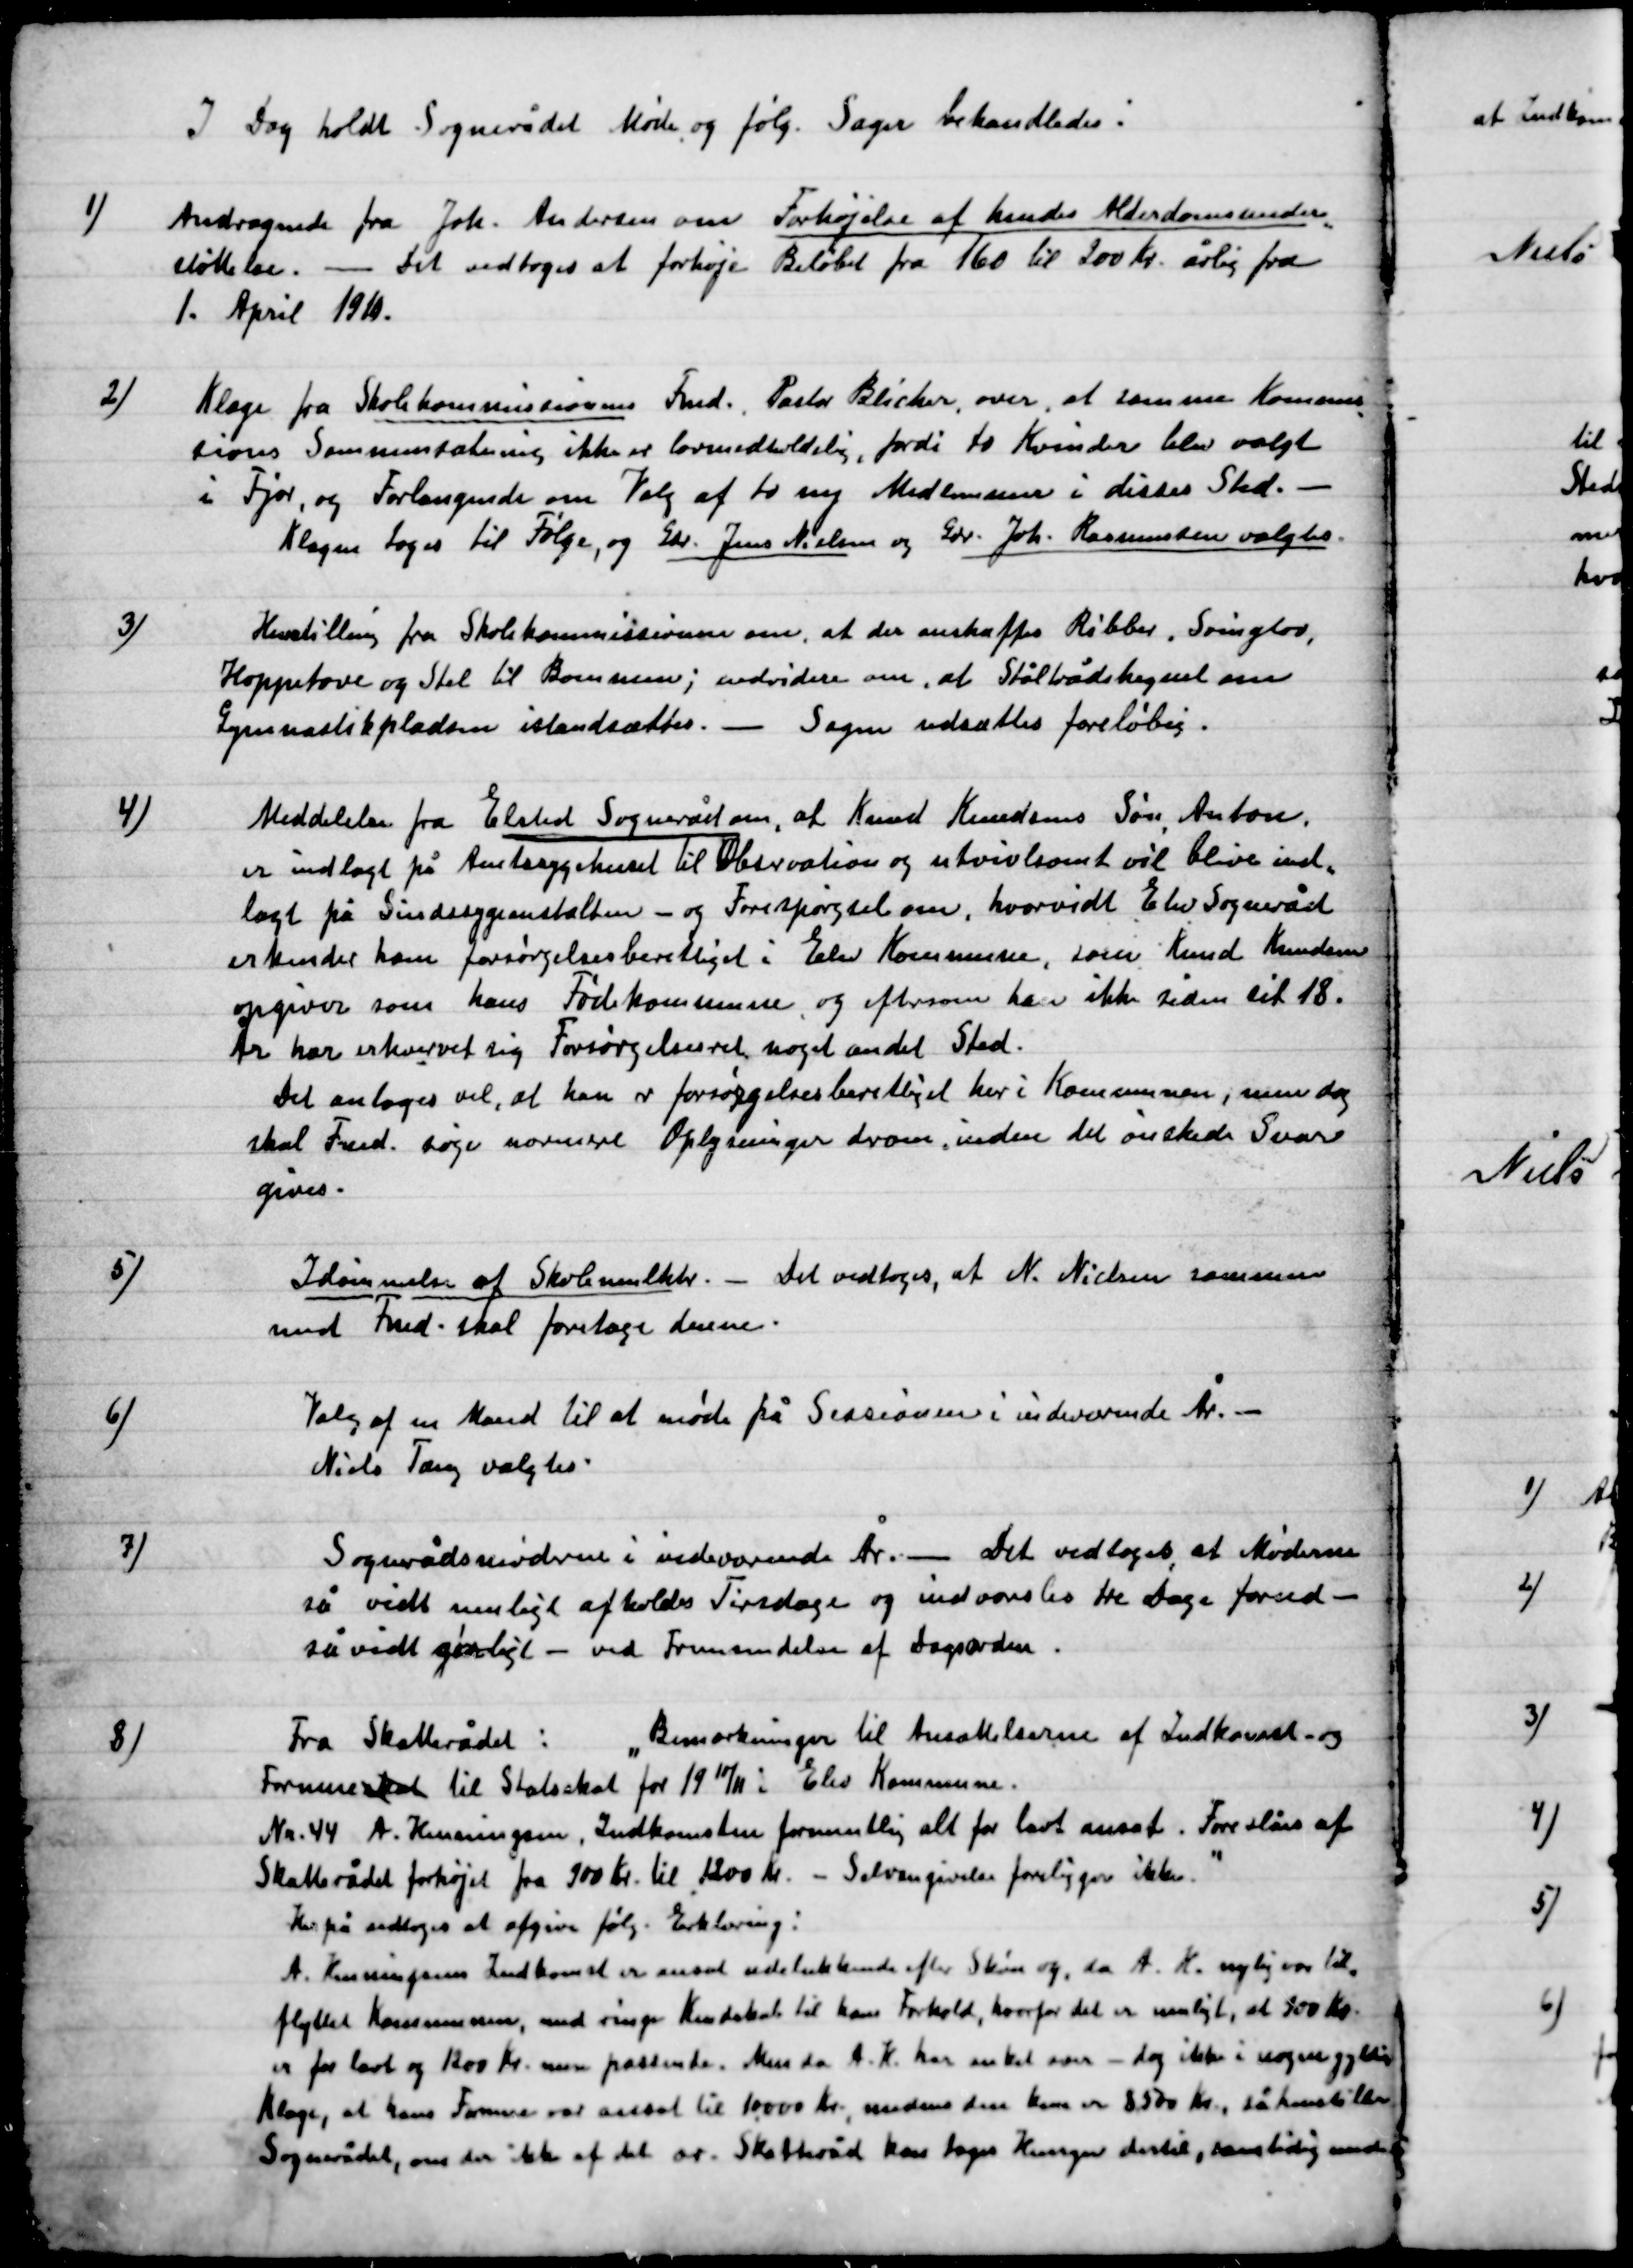
Transskription:
I Dag holdt Sognerådet Møde og følg. Sager behandledes:

1)

Andragende fra Joh. Andersen om Forhøjelse af hendes Alderdomsunder-
støttelse. – Det vedtoges at forhøje Beløbet fra 160 til 200 årlig fra
1. April 1911.

2)

Klage fra Skolekommissionens Fmd. Pastor Blicher, over, at samme Kommis-
Sions Sammensætning ikke er lovmedholdelig, fordi to Kvinder blev valgt
i Fjor, og Forlangende om Valg af to nye Medlemmer i disses Sted. –
Klagen toges til Følge, og Gdr. Jens Nielsen og Gdr. Joh. Rasmussen valgtes.

3)

Henstilling fra Skolekommissionen om, at der anskaffes Ribber, Svingtov,
Hoppetove og Stol til Børnene; endvidere om, at Ståltrådshegnet om
Gymnastikpladsen istandsættes. – Sagen udsattes foreløbig.

4)

Meddelelse fra Elsted Sognerådet om, at Knud Knudsens Søn, Anton
er indlagt på Amtssygehuset til Observation og utvivlsomt vil blive ind-
lagt på Sindssygeanstalten – og Forespørgsel om, hvorvidt Elev Sogneråd
erkender ham forsørgelsesberettiget  i Elev Kommune, som Knud Knudsen
opgiver som hans Fødselskommune og eftersom han ikke siden sit 18.
År har erhvervet sig Forsørgelsesret noget andet Sted.
Det antoges vel, at han er forsørgelsesberettiget her i Kommunen, men dog
skal Fmd. søge nærmere Oplysninger derom, inden det ønskede Svar
 gives.

5)

Idømmelse af Skolemulkter. – Det vedtoges, at N. Nielsen sammen
med Fmd. skal foretage denne.

6)

Valg af en Mand til at møde på Sessionen i indeværende År. –
Niels Tang valgtes.

7)

Sognerådsmøderne i indeværende År. – Det vedtoges, at Møderne
så vidt muligt afholdes Tirsdage og indvarsles tre Dage forud –
så vidt gørligt. – ved Fremsendelse af Dagsorden.

8)

Fra Skatterådet: ”Bemærkninger til Ansættelserne af Indkomst og
Formue skal til Statsskat for 19 10/11 i elev Kommune.
Nr. 44 A. Henningsen, Indkomsten formentlig alt for lavt ansat. Foreslås af
Skatterådet forhøjet fra 900 Kr. til 1200 Kr. – Selvangivelse foreligger ikke. ”
Herpå vedtoges at afgive følg. Erklæring:
A. Henningsens Indkomst er ansat udelukkende efter skøn og, da A. K. nylig var til-
flyttet Kommunen, med ringe Kendskab til hans Forhold, hvorfor det er muligt, at 900 Kr.
er for lavt og 1200 Kr. men passende. Men da A. K. har anket var – dog ikke i nogen gyldig
Klage, at hans Formue var ansat til 10.000 medens den kun er 8.500 Kr. , så henstiller
Sognerådet, om der ikke af det ær. Skatteråd kan tages Hensyn dertil, samtidig med